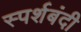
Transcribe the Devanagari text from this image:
स्पर्शबंदी